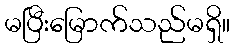
မပြီးမြောက်သည်မရှိ။